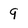
Character: q